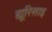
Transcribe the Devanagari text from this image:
ह्यूरिसाइ